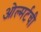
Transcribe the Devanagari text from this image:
ओल्मर्टची